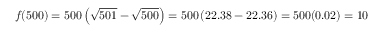
f ( 5 0 0 ) = 5 0 0 \left( { \sqrt { 5 0 1 } } - { \sqrt { 5 0 0 } } \right) = 5 0 0 \left( 2 2 . 3 8 - 2 2 . 3 6 \right) = 5 0 0 ( 0 . 0 2 ) = 1 0